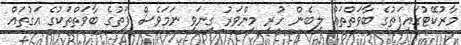
މާރުކޭޓުގައިފަތުގެ ބާވަތްތައް ލިބެން ހުރި މިންވަރު ގިނަވި ނަމަވެސް ފަތުގެ ބާވަތްތަކުގެ އަގުތައް